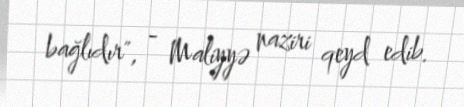
bağlıdır", - Maliyyə naziri qeyd edib.